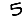
Digit: 5